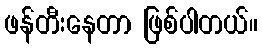
ဖန်တီးနေတာ ဖြစ်ပါတယ်။